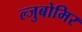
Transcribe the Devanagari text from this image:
ल्जुबोमिर